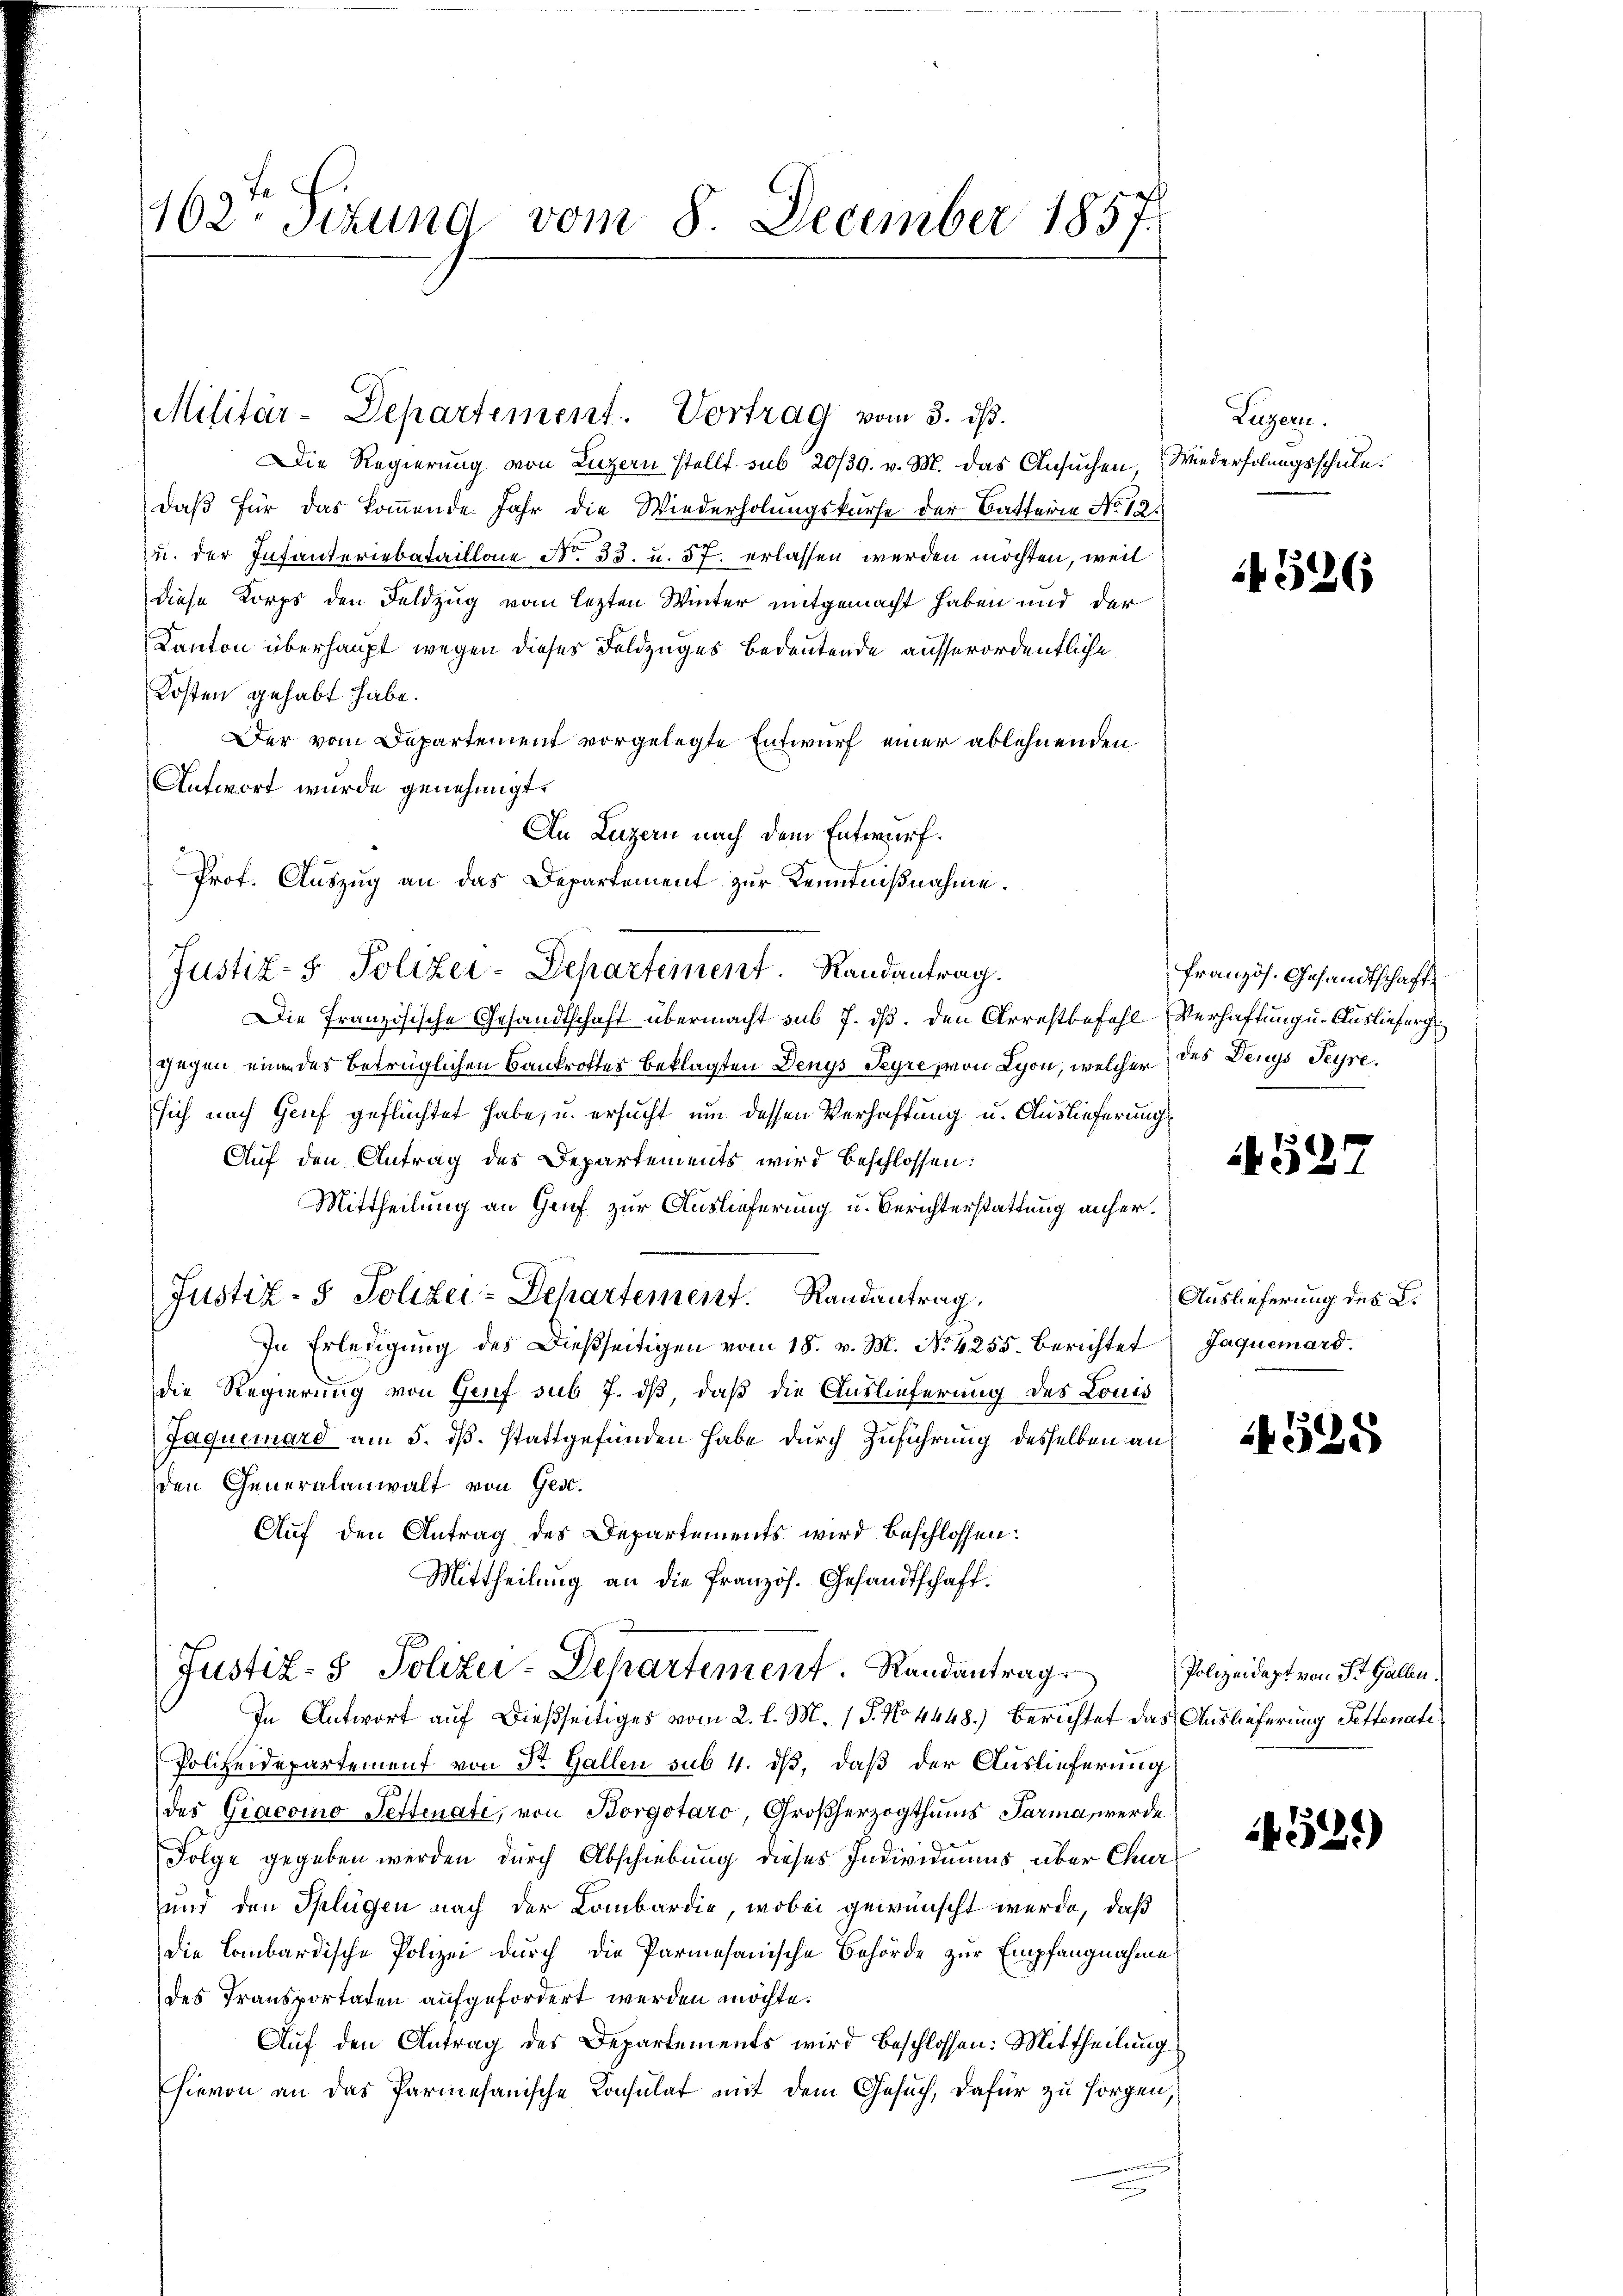
162. Sizung vom 8. December 1857.

Militär-Departement. Vortrag vom 3. dβ.

Die Regierung von Luzern stellt sub 20/39. v. M. das Ansŭchen, Wiederholungsschule.
daß für das kommende Jahr die Wiederholungskurse der Batterie No 12.
u. der Infanteriebataillon No. 33. u. 57. erlassen werden möchten, weil
diese Korps den Feldzug vom lezten Winter mitgemacht haben und der
Kanton überhaupt wegen dieses Feldzuges bedeutende ausserordentliche
Kosten gehabt habe.
Der vom Departement vorgelegte Entwurf einer ablehnenden
Antwort wurde genehmigt.
An Luzern nach dem Entwurf.
Die Französische Gesandtschaft übermacht sub 7. ds. den Arrestbefehl-Verhaftung u. Auslieferg
gegen einen des betrüglichen Bankrottes beklagten Denys Seyre, von Lyon, welcher des Denys Seyre.
sich nach Genf geflüchtet habe, u. ersucht um dessen Verhaftung u. Auslieferung
Auf den Antrag des Departements wird beschlossen:
Mittheilung an Genf zur Auslieferung u. Berichterstattung anher¬
Justiz- & Polizei-Departement. Randantrag,
In Erledigung des Dießseitigen vom 18. v. M. No. 4255. Berichtet
die Regierung von Genf sub 7. dß, daß die Auslieferung des Louis
Jaquerard am 5. dß. stattgefunden habe durch Zuführung desselben an
den Generalanwalt von Ges.
Auf den Antrag des Departements wird beschlossen:
Mittheilung an die Französ. Gesandtschaft.
Justiz- & Polizei-Departement. Randantrag
In Antwort auf dießseitiges vom 2. l. M. 1 S. No 4448.) Berichtet das Auslieferung Fettenati¬
Polizeidepartement von Dr. Gallen sub 4. dß, daß der Auslieferung
des Giacoino Pettenate, von Borgotaro, Großherzogthums Parma, werde
Folge gegeben werden durch Abschiebung dieses Individuums über Chur¬
und den Splügen nach der Lombardie, wobei gewünscht werde, daß
die Lombardische Polizei durch die Parmesanische Behörde zur Empfangnahme
des Transportaten aufgefordert werden möchte.
Auf den Antrag des Departements wird beschlossen: Mittheilung
hievon an das Parmesanische Konsulat mit dem Gesuch, dafür zu sorgen,

Prof. Auszug an das Departement zur Kenntnißnahme.
Justiz- & Polizei-Departement. Randantrag.

Luzern.

526

französ. Gesandtschaft

459

Auslieferung des L.
Jaquemard.

4525

Polizeidept von St. Gallen.

4529)